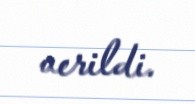
verildi.